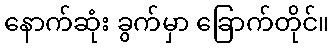
နောက်ဆုံး ခွက်မှာ ခြောက်တိုင်။